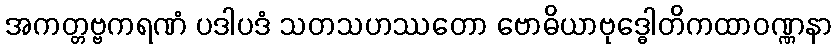
အကတ္တဗ္ဗကရဏံ ပဒါပဒံ သတသဟဿတော ဗောဓိယာဗုဒ္ဓေါတိကထာဝဏ္ဏနာ